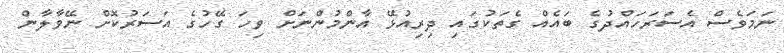
ނަމަވެސް އެސަރަހައްދުގެ ބައެއް ގެތަކުގައި ދިރިއުޅޭ އާންމުންނަށް ވިހަ ގޭހުގެ އަސަރުކޮށް ނޭވާލާން